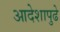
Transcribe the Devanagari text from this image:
आदेशापुढे